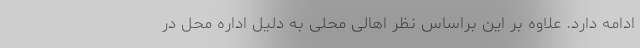
ادامه دارد. علاوه بر این براساس نظر اهالی محلی به دلیل اداره محل در